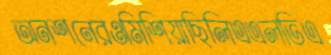
অনশনেরওমিশিয়াছিলিএএলভিএ